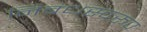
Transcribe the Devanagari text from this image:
निबंधस्वरूप